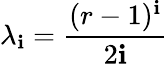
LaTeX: \lambda_{\mathbf{i}}={\frac{{(r-1)^{\mathbf{i}}}}{{2\mathbf{i}}}}